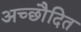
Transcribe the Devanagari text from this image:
अच्छाैदित